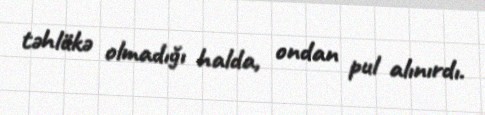
təhlükə olmadığı halda, ondan pul alınırdı.